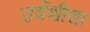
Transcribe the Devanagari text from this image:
उर्वशीला